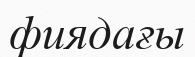
фиядағы